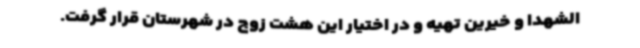
الشهدا و خیرین تهیه و در اختیار این هشت زوج در شهرستان قرار گرفت.